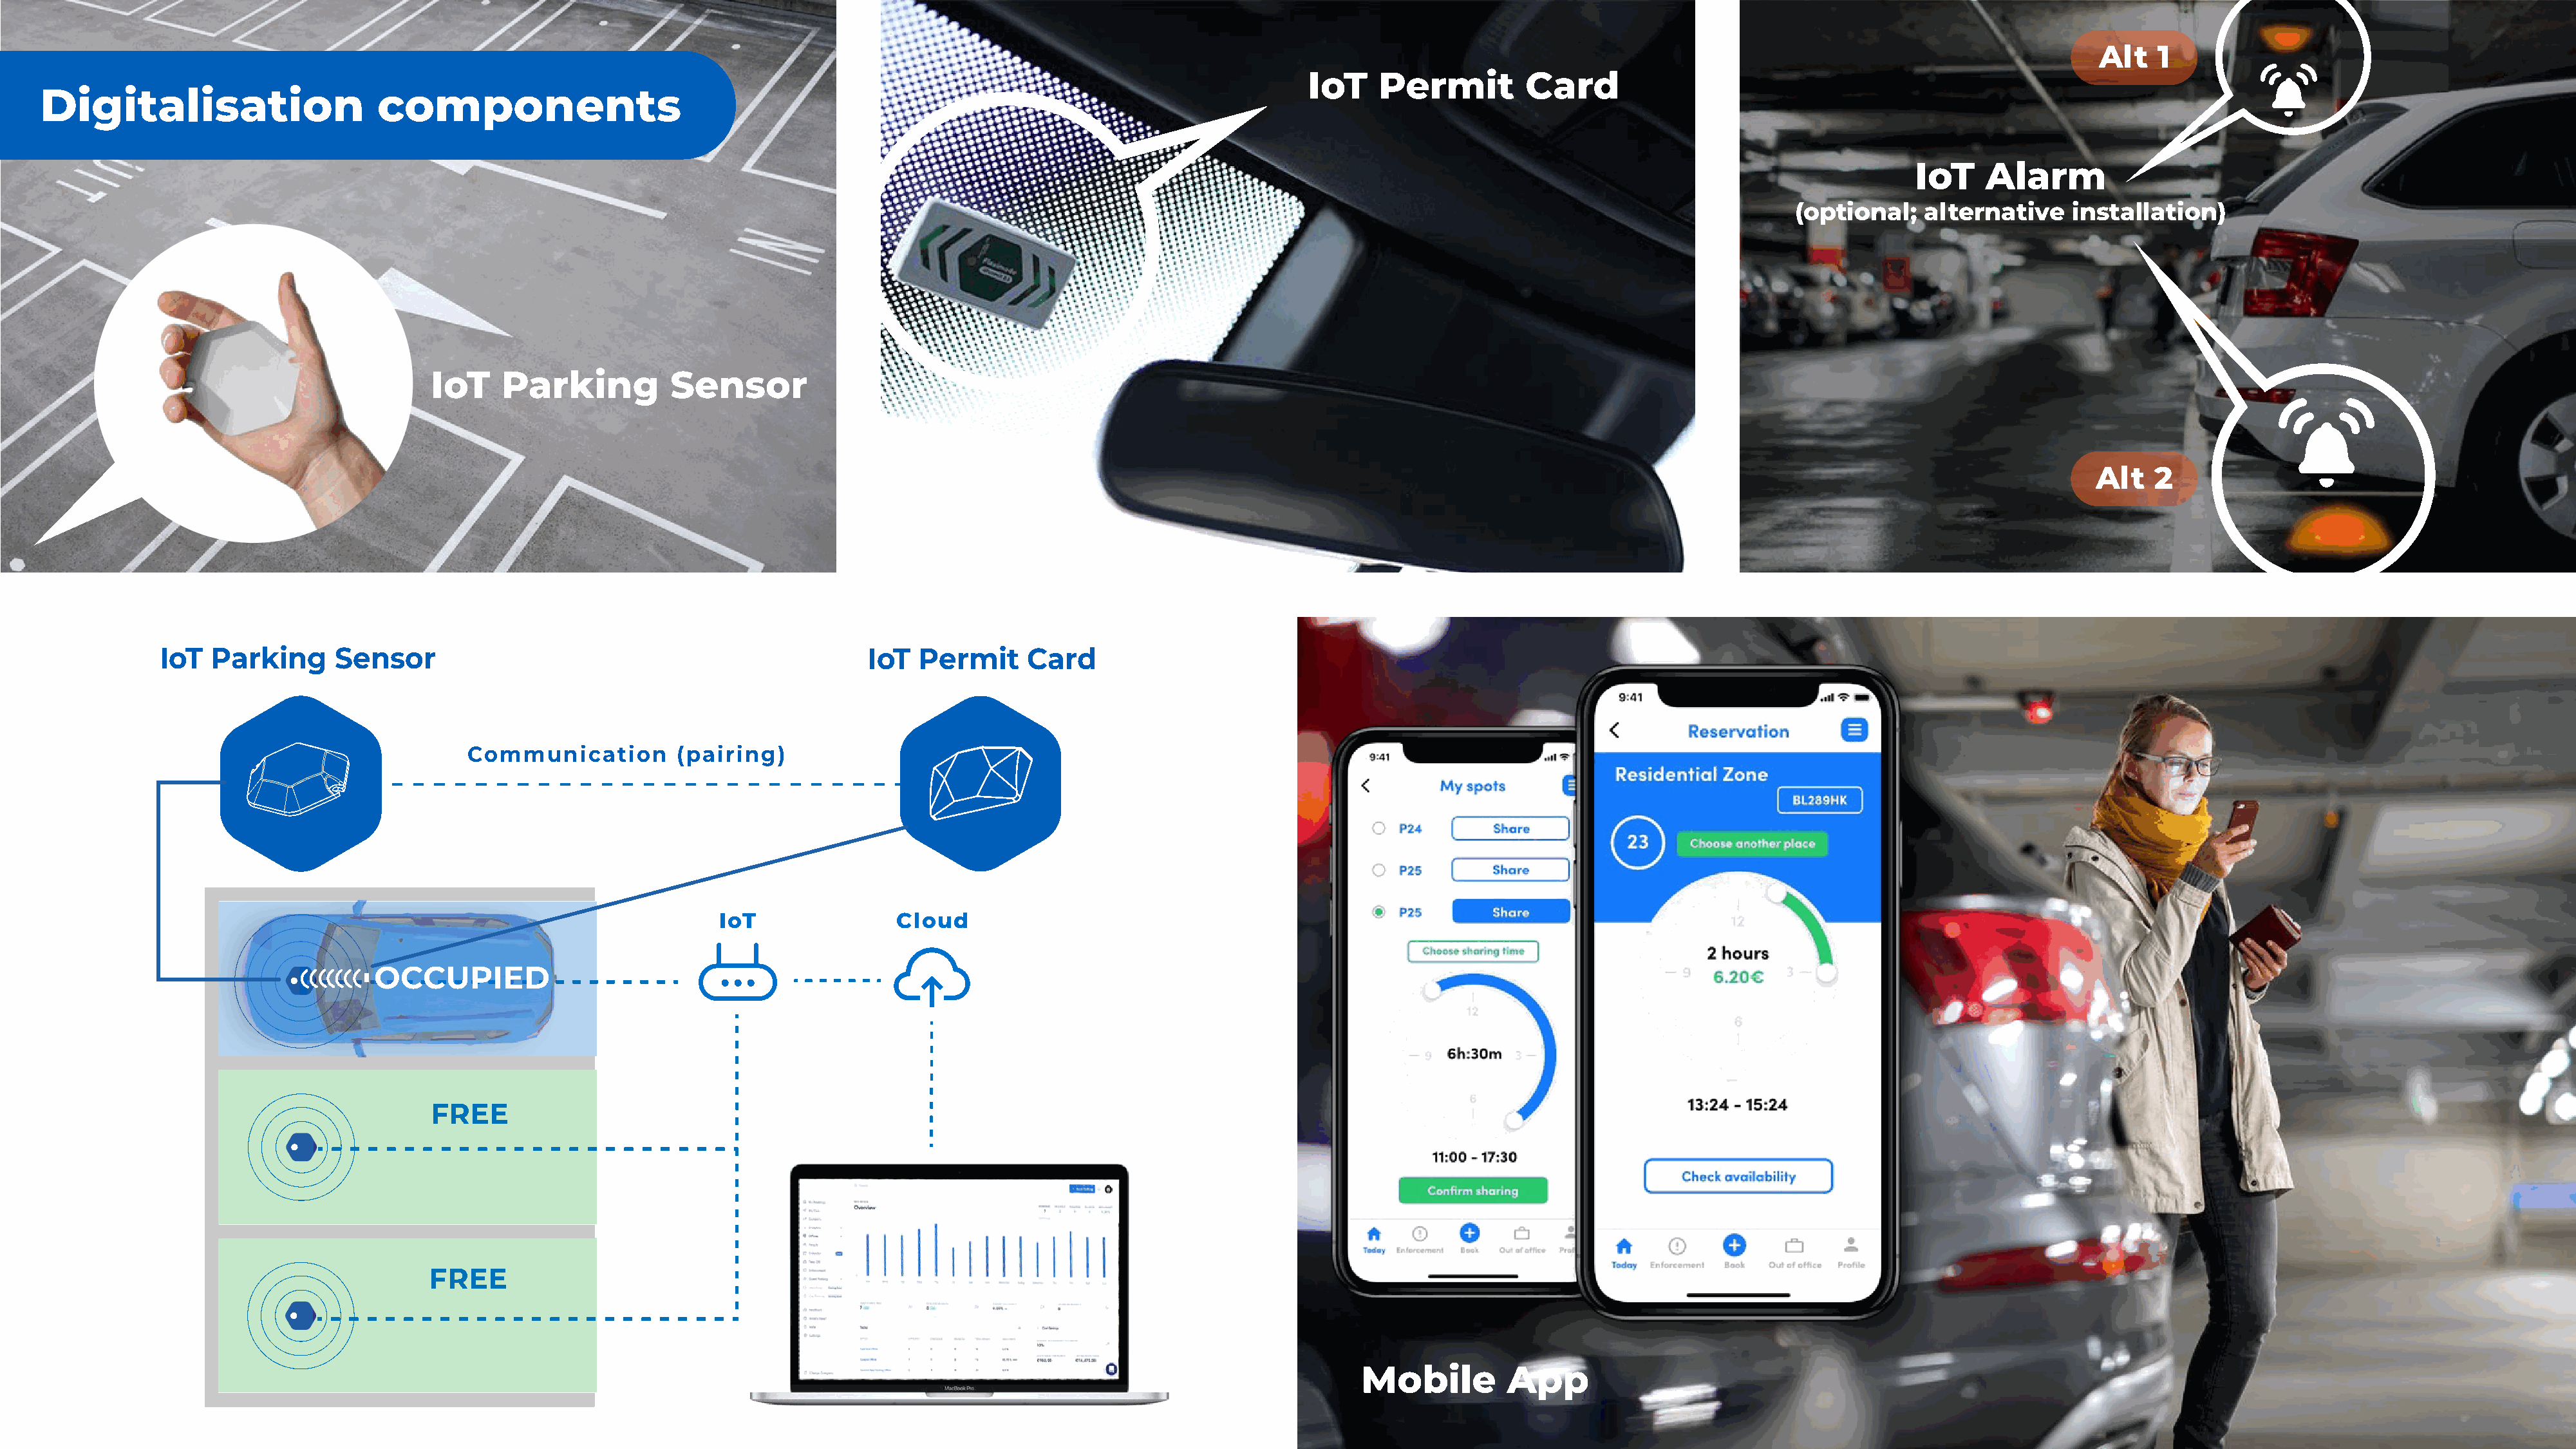
Alt   1
 IoT     Permit         Card
 Digitalisation                     components
 IoT    Alarm
 (optional;   alternative    installation)
 IoT     Parking          Sensor
 Alt   2
 IoT   Parking     Sensor                                                 IoT  Permit      Card
 Communication         (pairing)
 IoT               Cloud
 OCCUPIED
 FREE
 FREE
 Client   App
 Mobile         App